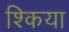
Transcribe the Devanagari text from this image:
श्किया